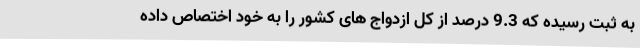
به ثبت رسیده که 9.3 درصد از کل ازدواج های کشور را به خود اختصاص داده